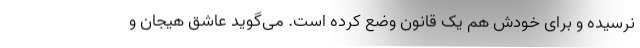
نرسیده و برای خودش هم یک قانون وضع کرده است. می‌گوید عاشق هیجان و